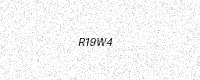
Text: R19W4